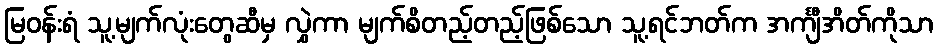
မြဝန်းရံ သူ့မျက်လုံးတွေဆီမှ လွှဲကာ မျက်စိတည့်တည့်ဖြစ်သော သူ့ရင်ဘတ်က အင်္ကျီအိတ်ကိုသာ